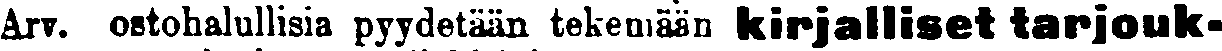
Arv. ostohalullisia pyydetään tekemään kirjalliset tarjouk-